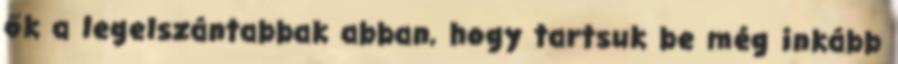
ők a legelszántabbak abban, hogy tartsuk be még inkább